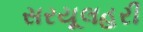
સરયૂલહરી